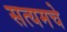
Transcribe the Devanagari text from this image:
सत्यमचे